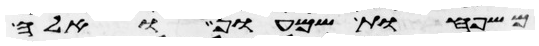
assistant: משפחות שמעון ואלה